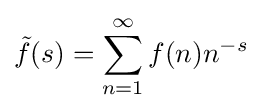
{\tilde {f}}(s)=\sum _{n=1}^{\infty }f(n)n^{-s}